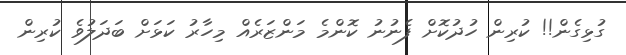
ގުޅިގެން!! ކުރިން ހުދުކޮށް ފެނުނު ކޮންމެ މަންޒަރެއް މިހާރު ކަޅަށް ބަދަލުވެ ކުރިން